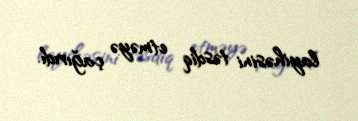
layihəsini təsdiq etməyə çağırıdı.